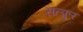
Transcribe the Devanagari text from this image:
सल्फुर